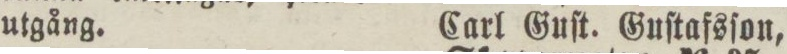
utgång.    Carl Guſt. Guſtafsſon,